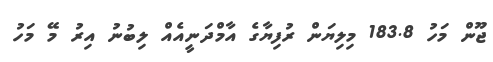
ޖޫން މަހު 183.8 މިލިޔަން ރުފިޔާގެ އާމްދަނީއެއް ލިބުނު އިރު މޭ މަހު